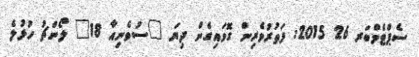
ސެޕްޓެމްބަރ 26 2015: ފަތުރުވެރިން ގޮވައިގެން ދިޔަ "ސުވެނިއާ 18" ލޯންޗު ހުޅުލެ